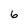
Character: 6